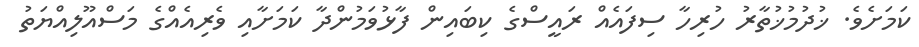
ކަަމަށެވެ. ޚުދުމުޚުތާރު ހުރިހާ ސިފައެއް ރައީސްގެ ކިބައިން ފާޅުވަމުންދާ ކަަމަށާއި ވެރިއެއްގެ މަސްއޫލިއްޔަތު